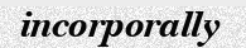
incorporally